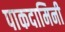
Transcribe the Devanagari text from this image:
पाकदामिनी